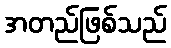
အတည်ဖြစ်သည်